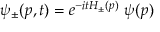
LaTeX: \psi _ { \pm } ( p , t ) = e ^ { - i t H _ { \pm } ( p ) } \ \psi ( p )